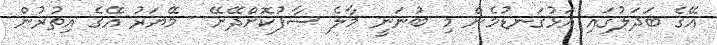
އޭގެ ބަދަލުގައި އަޅުގަނޑުމެން މި ބުނަނީ މާލެ ސާފުކޮށްދޭށޭ-- މޭޔަރު އޭގެ އިތުރުން